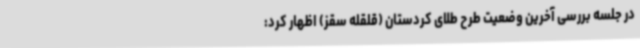
در جلسه بررسی آخرین وضعیت طرح طلای کردستان (قلقله سقز) اظهار کرد: